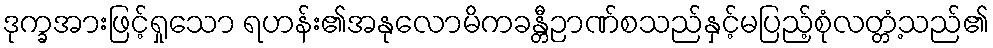
ဒုက္ခအားဖြင့်ရှုသော ရဟန်း၏အနုလောမိကခန္တီဉာဏ်စသည်နှင့်မပြည့်စုံလတ္တံ့သည်၏